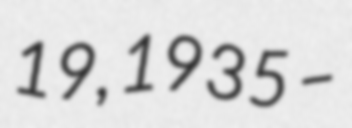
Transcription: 19, 1935 –